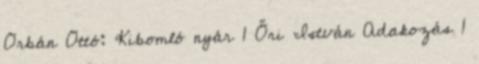
Orbán Ottó: Kibomló nyár 1 Őri István Adakozás 1